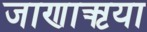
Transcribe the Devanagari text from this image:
जाणाऋया